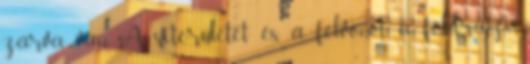
zárva van. A síterületet és a felvonót, a földrajzi